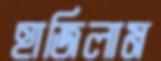
হাজিলাম